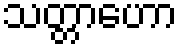
သတ္တာဟော